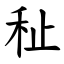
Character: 䄳